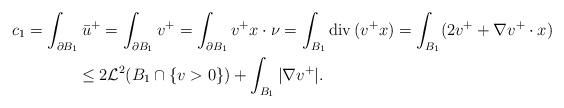
LaTeX: \begin{align*}&c_1 = \int_{\partial B_1} \bar u^+ = \int_{\partial B_1} v^+=\int_{\partial B_1} v^+ x\cdot\nu=\int_{B_1} {\rm div}\, (v^+ x)= \int_{B_1} (2v^+ +\nabla v^+\cdot x)\\ &\qquad\qquad\le 2{\mathcal{L}}^2 (B_1\cap \{v>0\})+\int_{B_1} |\nabla v^+|.\end{align*}